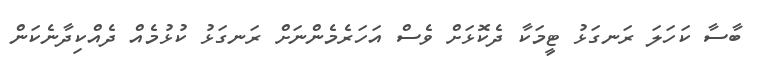
ބާސާ ކަހަލަ ރަނގަޅު ޓީމަކާ ދެކޮޅަށް ވެސް އަހަރެމެންނަށް ރަނގަޅު ކުޅުމެއް ދެއްކިދާނެކަން